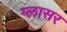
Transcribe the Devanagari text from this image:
ग्लासर